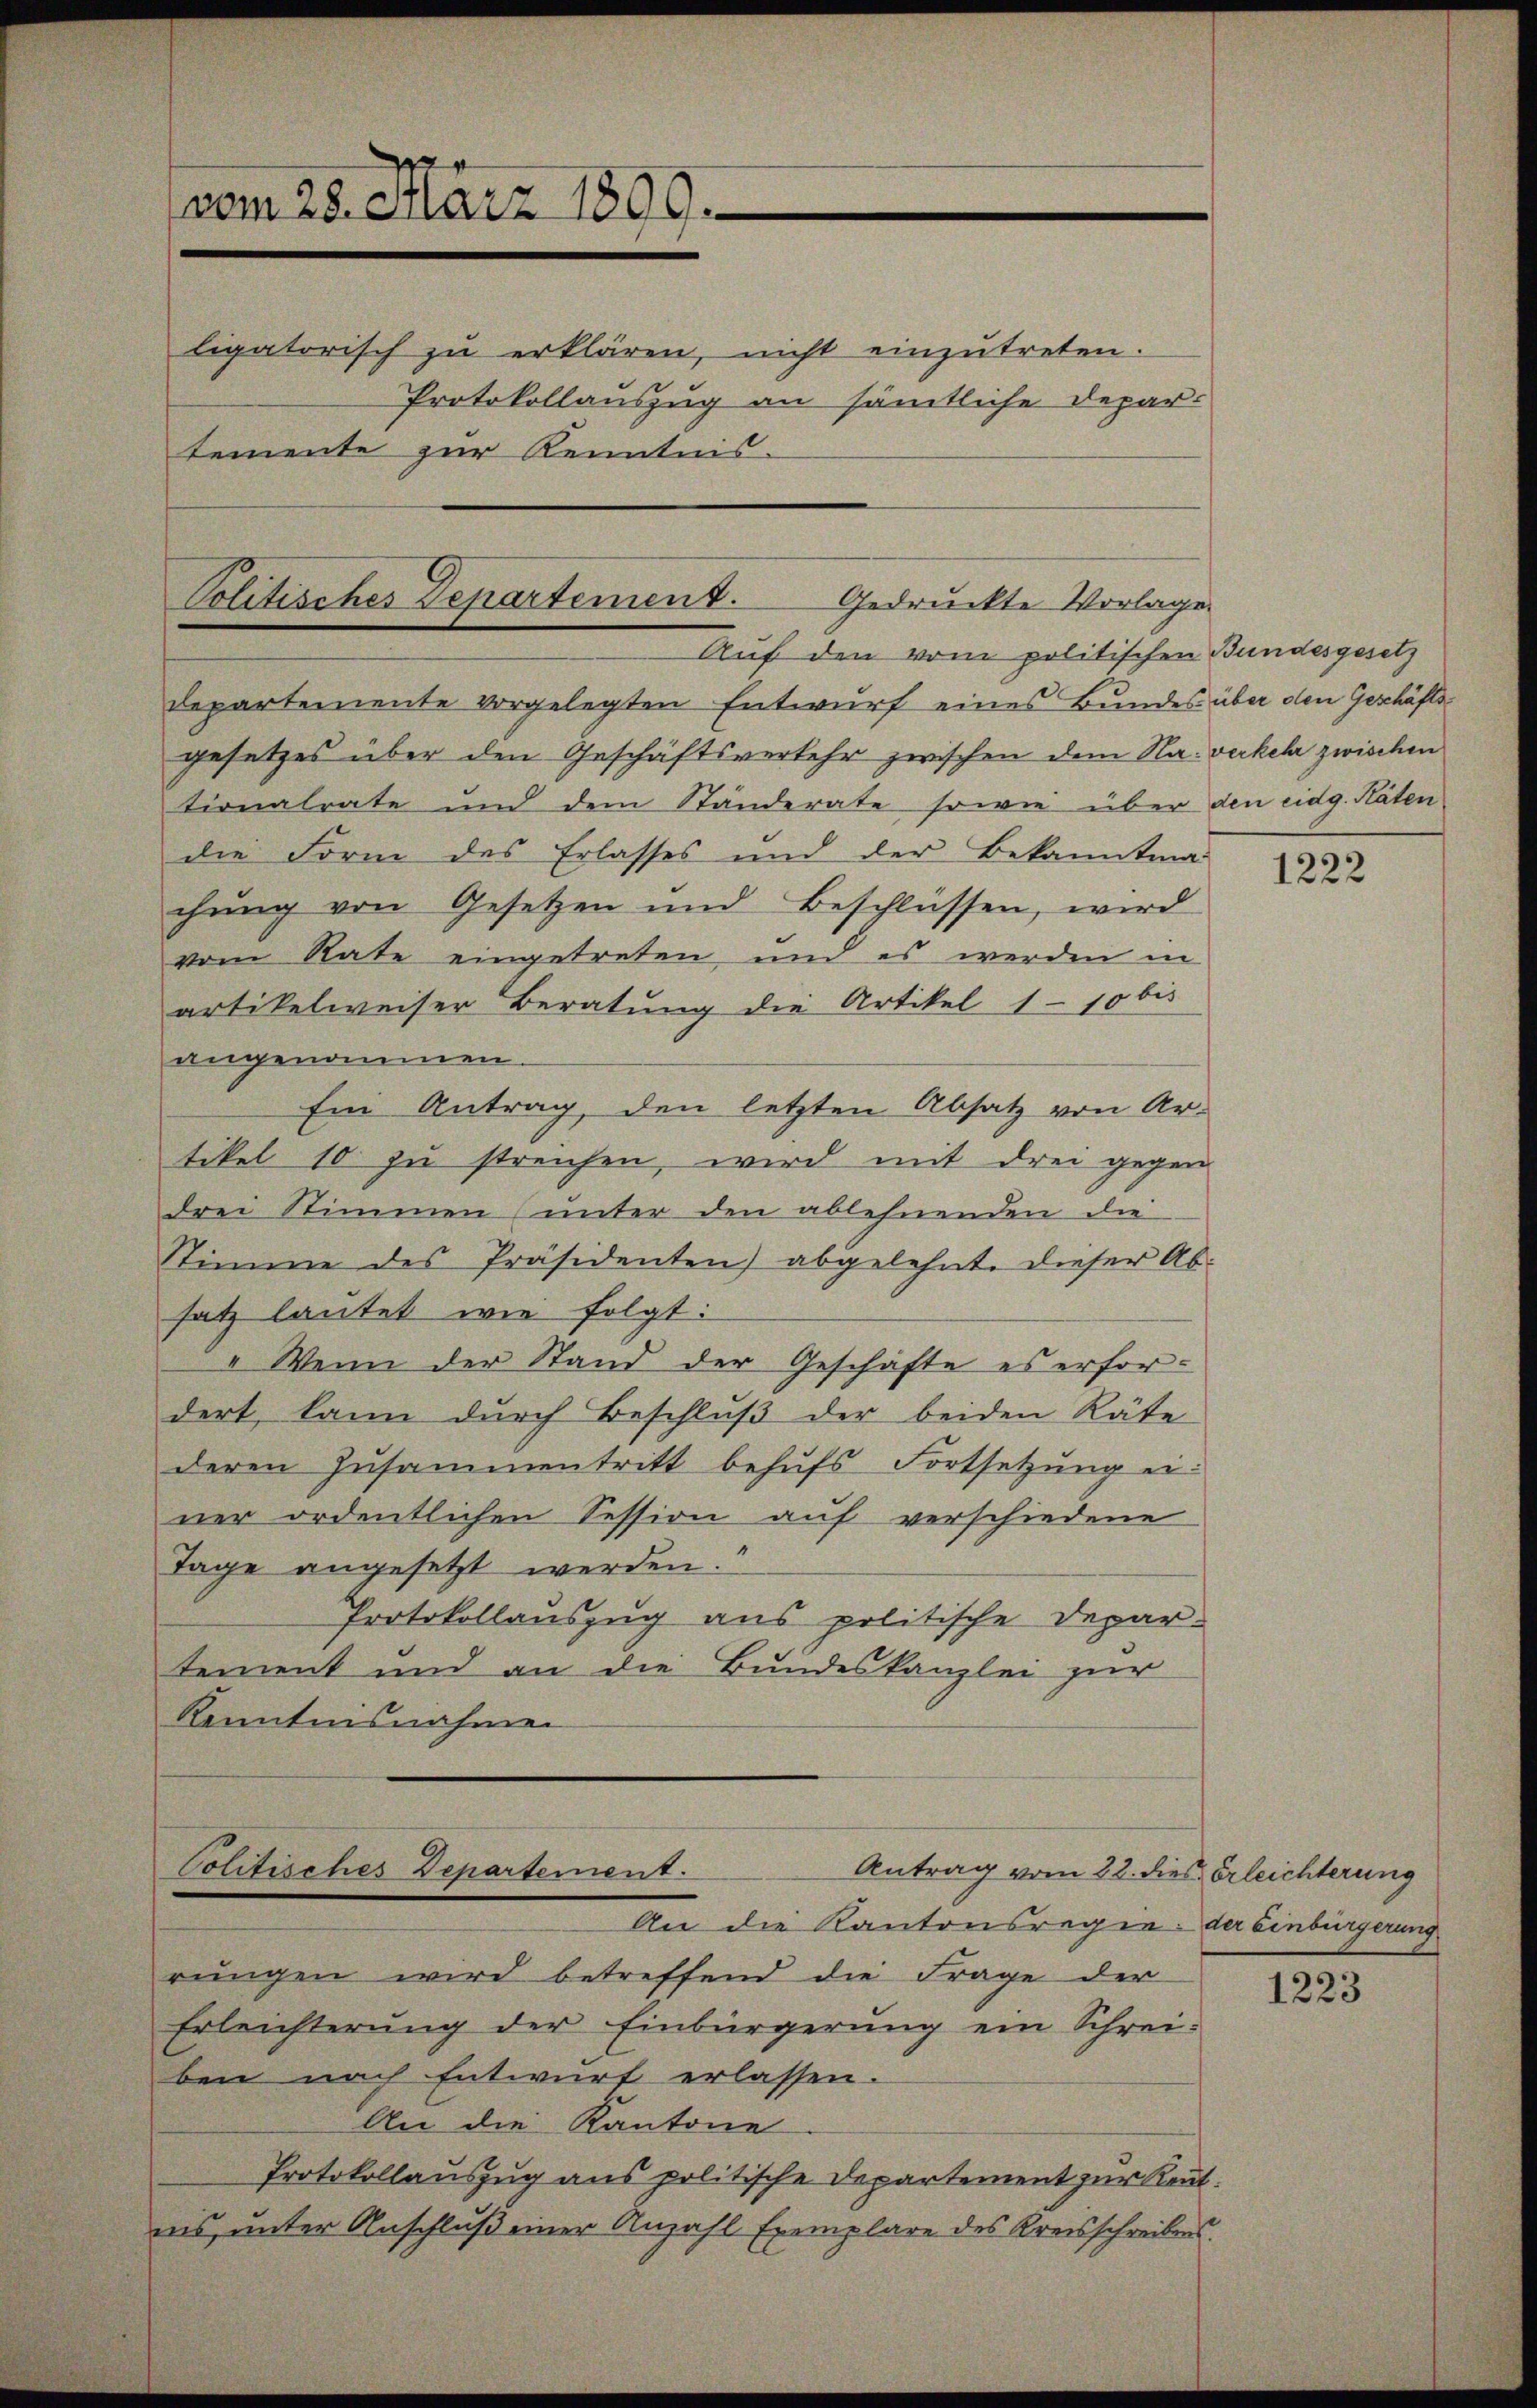
vom 28. März 1899.
ligatorisch zu erklären, nicht einzŭtreten.
Protokollauszug an sämtliche Departemente zur Kenntnis.

Politisches Departement. Gedruckte Vorlage.
Auf den vom politischen Bundesgesetz

departemente vorgelegten Entwurf eines Bundes über den Geschäfts
gesetzes über den Geschäftsverkehr zwischen dem Na-verkehr zwischen
tionalrate und dem Standerate sowie über den eidg. Räten
die Form des Erlasses und der Bekanntma-
chŭng von Gesetzen und Beschlüssen, wird
vom Rate eingetreten, und es werden in
artikelweiser Beratung die Artikel 1 - 10 bis
angenommen.
Ein Antrag, den letzten Absatz von Ar-
tikel 10 zu streichen, wird mit drei gegen
drei Stimmen (unter den ablehnenden die
Stimme des Präsidenten) abgelehnt. Dieser Absatz lautet wie folgt:
" Wenn der Stand der Geschäfte es erfordert, kann durch Beschluß der beiden Räte
deren Zusammentritt behufs Fortsetzung ei
ner ordentlichen Session auf verschiedene
Tage angesetzt werden.
Protokollauszug aus politische Depar-
tement und an die Bundeskanzlei zur
Kenntnisnahmen

Politisches Departement.
Antrag vom 22. dies Erleichterung
An die Kantonsregie: der Einbürgerung

rŭngen wird betreffend die Frage der
Erleichterung der Einbürgerung ein Schreiben nach Entwurf erlassen.
An die Kantone
Protokollauszug aus politische Departement zur Kenntnis, unter Anschluß einer Anzahl Exemplare des Kreisschreibens.

1222

1223